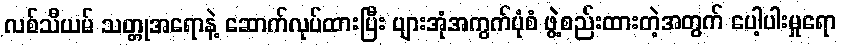
လစ်သီယမ် သတ္တုအရောနဲ့ ဆောက်လုပ်ထားပြီး ပျားအုံအကွက်ပုံစံ ဖွဲ့စည်းထားတဲ့အတွက် ပေါ့ပါးမှုရော